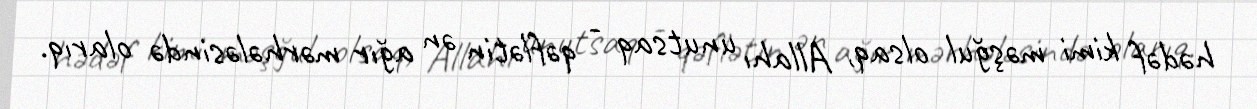
hədəf kimi məşğul olsaq, Allahı unutsaq - qəflətin ən ağır mərhələsində olarıq.